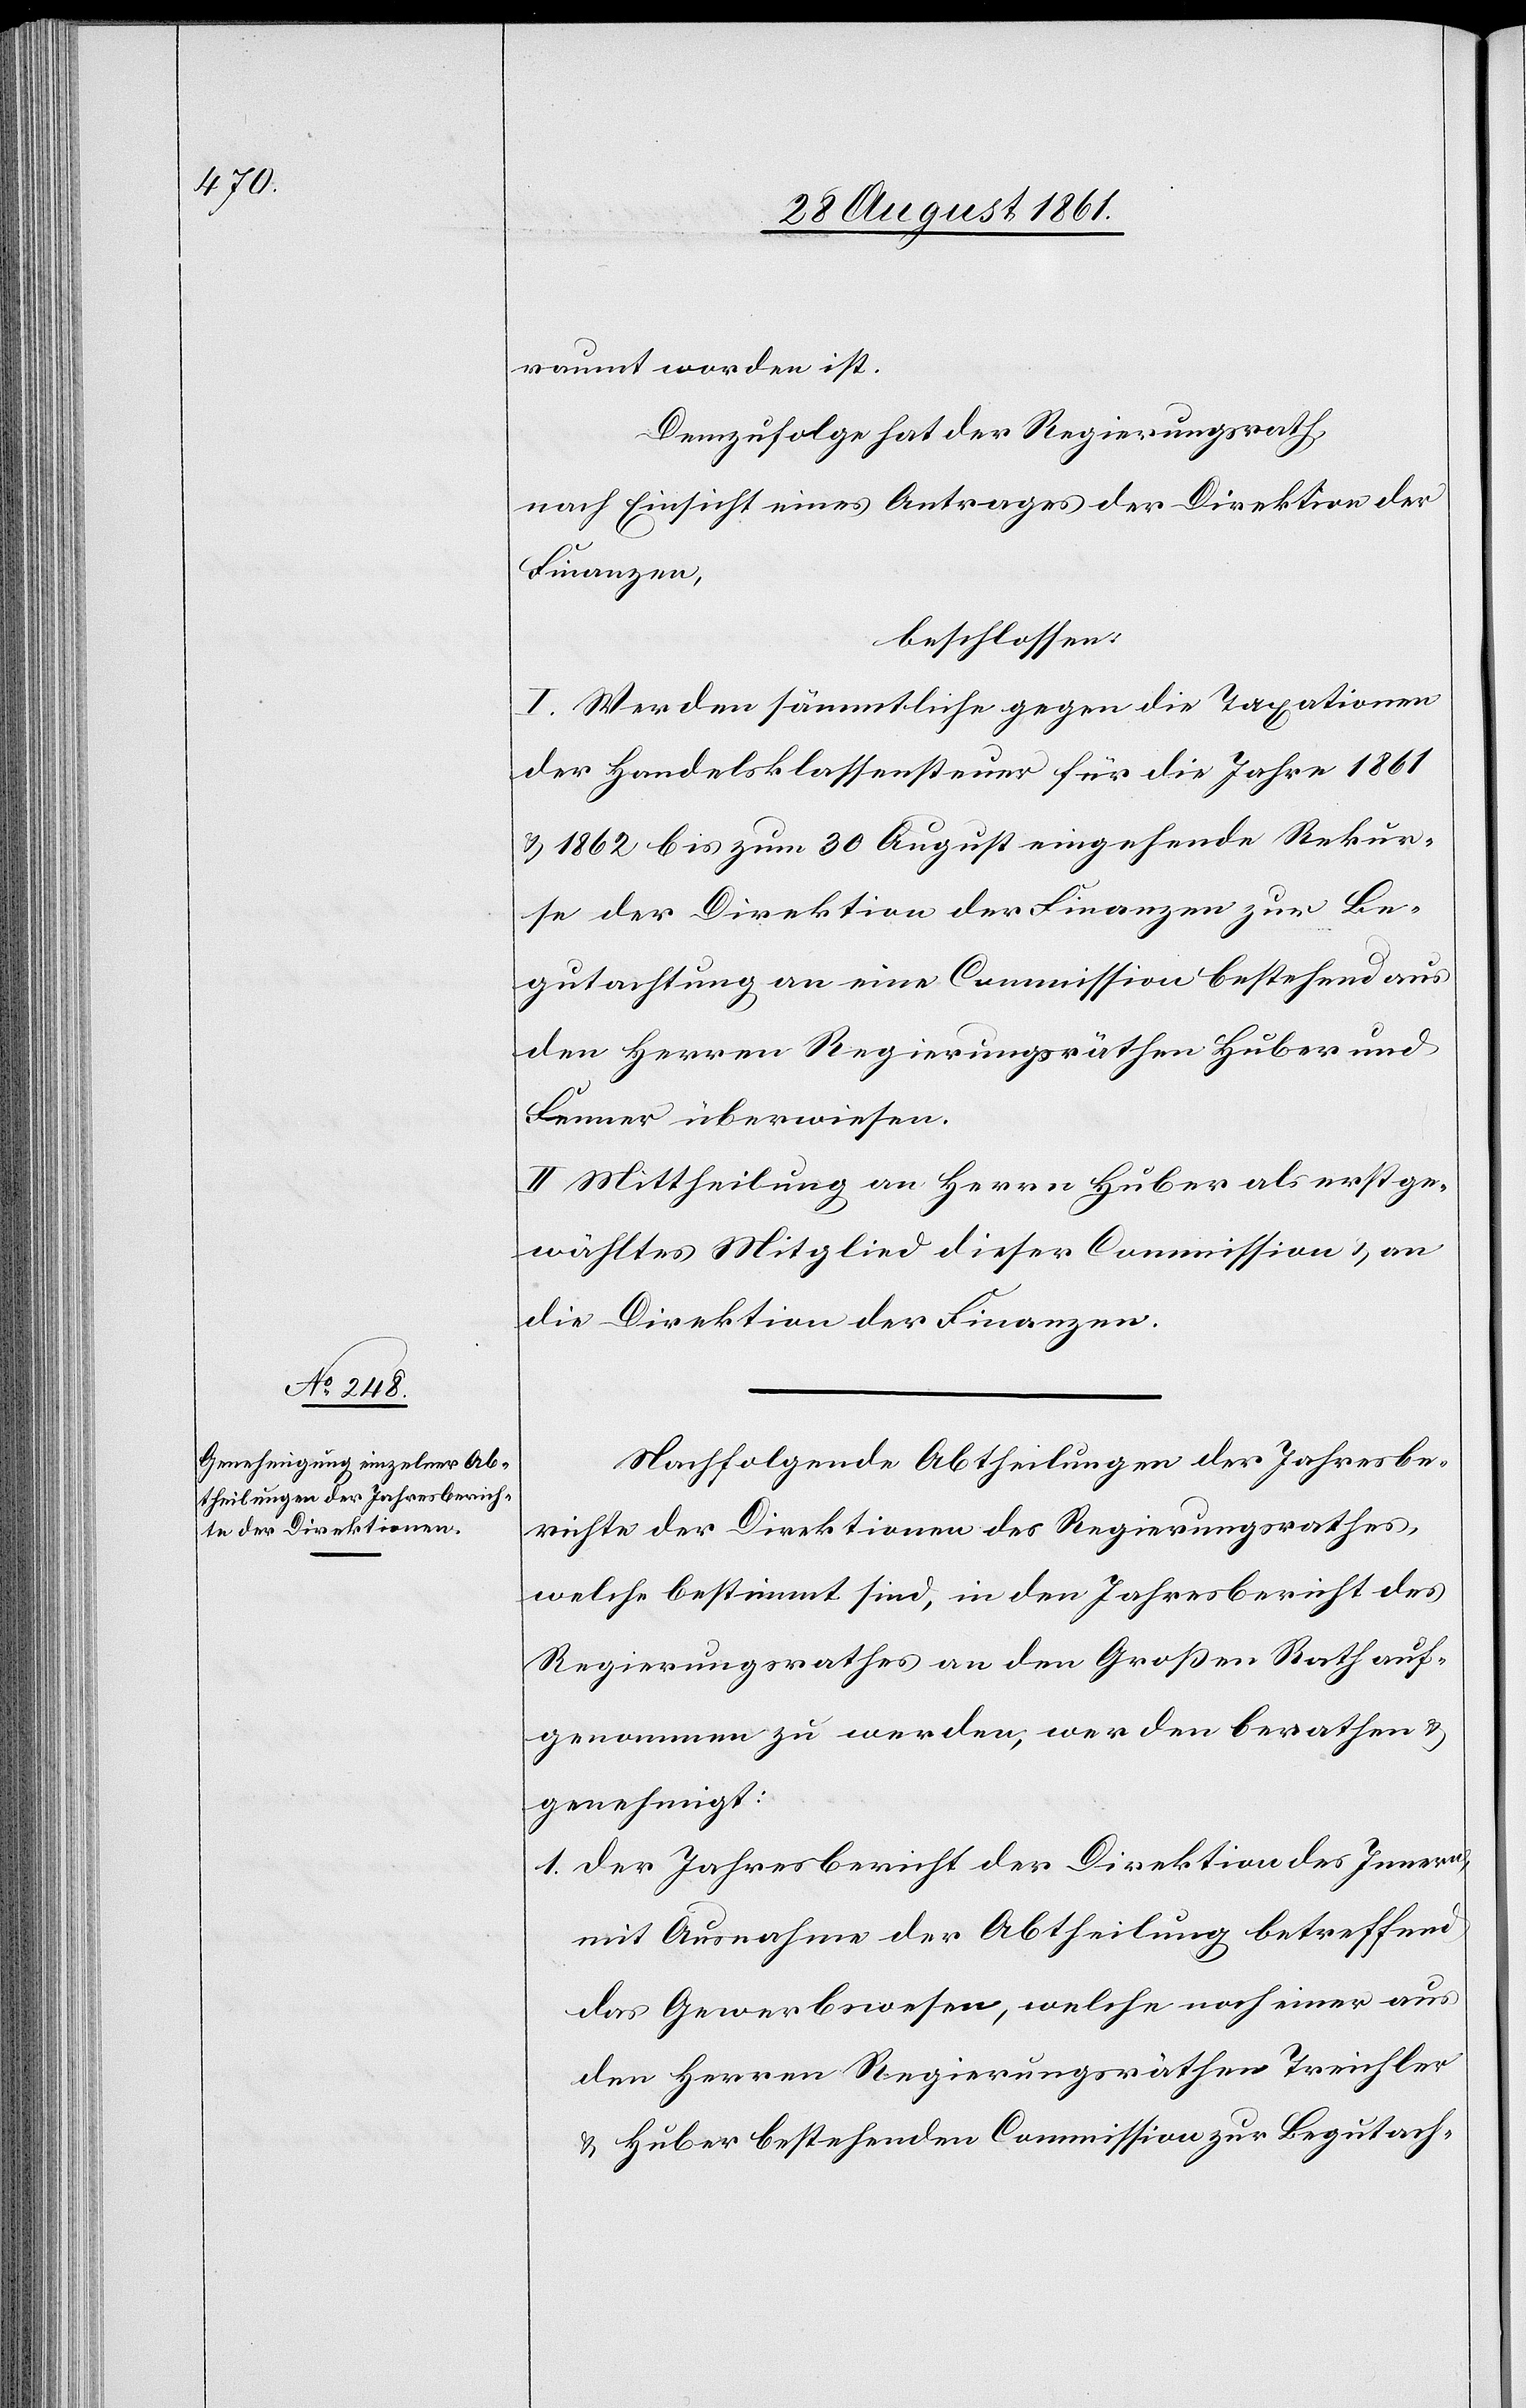
raumt worden ist.
Demzufolge hat der Regierungsrath,
nach Einsicht eines Antrages der Direktion der
Finanzen,
beschlossen:
I. Werden sämmtliche gegen die Taxationen
der Handelsklassensteuer für die Jahre 1861
u. 1862 bis zum 30 August eingehende Rekur¬
se der Direktion der Finanzen zur Be¬
gutachtung an eine Commission bestehend aus
den Herren Regierungsräthen Huber und
Fenner überwiesen.
II. Mittheilung an Herrn Huber als erstge¬
wähltes Mitglied dieser Commission u. an
die Direktion der Finanzen.
Nachfolgende Abtheilungen der Jahresbe¬
richte der Direktionen des Regierungsrathes,
welche bestimmt sind, in den Jahresbericht des
Regierungsrathes an den Großen Rath auf¬
genommen zu werden, werden berathen u.
genehmigt:
1. Der Jahresbericht der Direktion des Innern,
mit Ausnahme der Abtheilung betreffend
das Gewerbswesen, welche noch einer aus
den Herren Regierungsräthen Treichler
u. Huber bestehenden Commission zur Begutach-